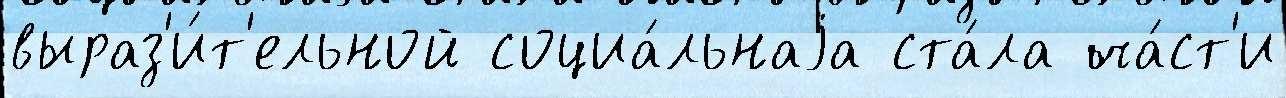
выраз'и́т'ельной социа́льнаjа ста́ла ча́ст'и